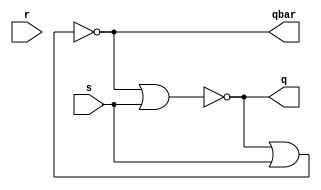
`timescale 1ns / 1ps
//////////////////////////////////////////////////////////////////////////////////
// Company: NIST
// 
// Design Name: SR LATCH
// Module Name: latch_SR
// 
// Revision:
// Revision 0.01 - File Created
// Additional Comments:
// 
//////////////////////////////////////////////////////////////////////////////////


module latch_SR(
    input s,
    input r,
    output q,
    output qbar
    );
    nor (q,qbar,s);
    nor (qbar,q,s);
    
endmodule